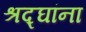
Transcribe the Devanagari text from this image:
श्रद्घांना